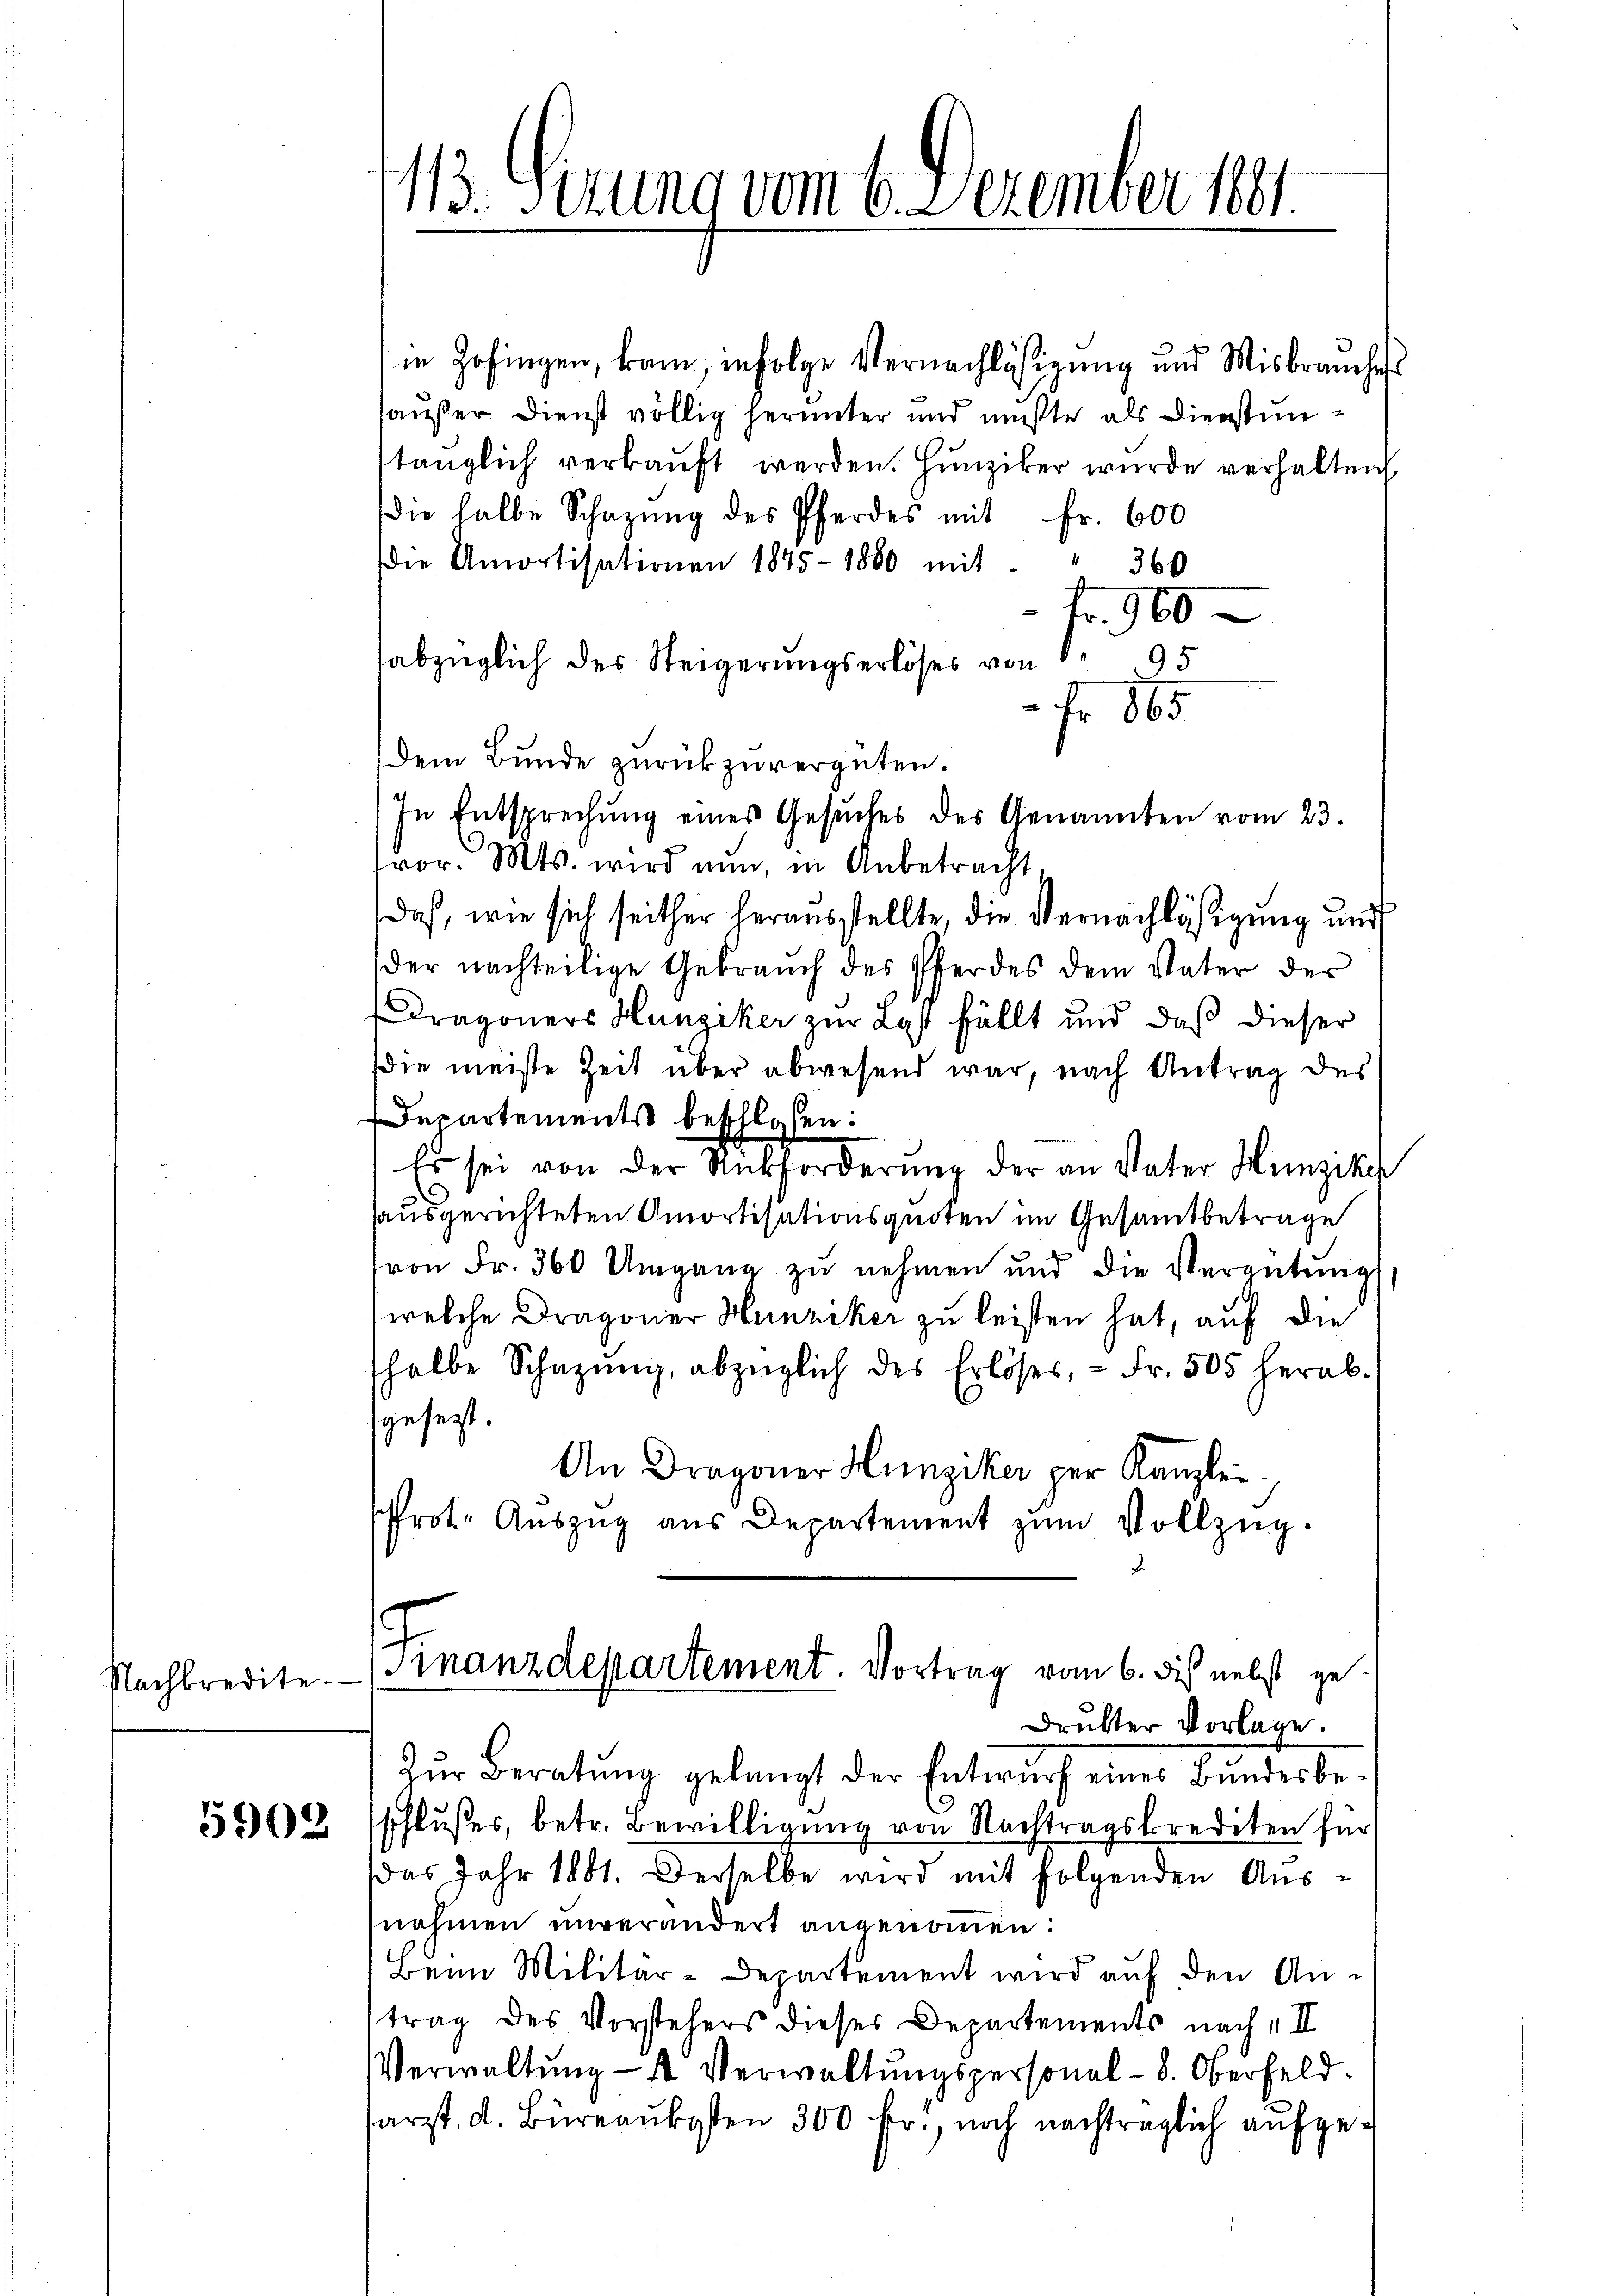
Nachkredite.

5902

113. Serung vom 6. Dezember 1891

in Zofingen, kam, infolge Vernachläsigung und Misbrauches
haußer Dienst völlig herunter und mußte als Dienstuntänglich verkauft werden. Hunziker wurde verhalten
die halbe Schazung des Pferdes mit Fr. 600
die Amortisationen 1875-1880 mit . " 360
fr. 900
abzüglich des Steigerungserlöses von
95
Fr. 865
dem Bunde zurückzuvergüten.
In Entsprechŭng eines Gesŭches des Genannten vom 23.
vor. Mts. wird nun, in Anbetracht,
daß, wie sich seither herausstellte, die Vernachläßigung und
der nachteilige Gebrauch des Pferdes dem Vater der
Dragoners Hunziker zur Last fällt und daß dieser
die meiste Zeit über abwesend war, nach Antrag des
Departements beschlossen:
Es sei von der Rückforderung der an Vater Hunzikep
sausgerichteten Amortisationsquoten im Gesamtbetrage
von Fr. 360 Umgang zŭ nehmen und die Vergütŭng
welche Dragoner Hunziker zu leisten hat, auf die
shalbe Schazung, abzüglich des Erlöses, - Fr. 505 herab-
sgesezt.
An Dragoner Hunziker per Kanzlei
rot. Auszug aus Departement zum Vollzug
Finanzdepartement. Vortrag vom 6. des nebst ge¬
Druckter Vorlage.
Zŭr Beratŭng gelangt der Entwŭrf eines Bŭndesbe-
schlußes, betr. Bewilligung von Nachtragskrediten für
das Jahr 1881. Derselbe wird mit folgenden Aus-
nahmen unverändert angenommen:
Beim Militär-Departement wird aŭf den An-
trag des Vorstehers dieses Departements nach „II
Verwaltung - 4 Verwaltungspersonal- 8. Oberfeld.
arzt, d. Büreaukosten 300 fr., noch nachträglich aufge¬